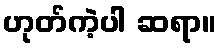
ဟုတ်ကဲ့ပါ ဆရာ။